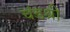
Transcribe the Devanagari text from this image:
चंडश्री